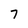
Character: 7